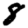
Digit: 8